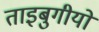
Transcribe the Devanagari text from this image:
ताइबुगीयों